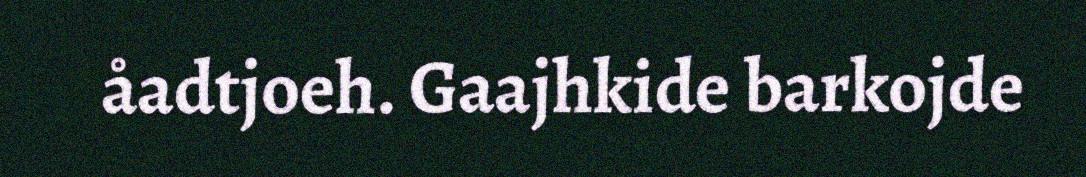
åadtjoeh. Gaajhkide barkojde